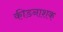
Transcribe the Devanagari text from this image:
कीडनाशक